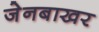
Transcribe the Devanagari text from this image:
जेनबाखर